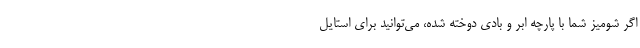
اگر شومیز شما با پارچه ابر و بادی دوخته شده، می‌توانید برای استایل